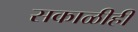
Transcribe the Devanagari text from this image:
सकाळीही